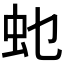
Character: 𮓲